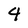
Character: 4